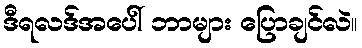
ဒီရလဒ်အပေါ် ဘာများ ပြောချင်လဲ။